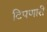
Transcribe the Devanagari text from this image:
टिपणारी